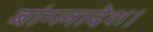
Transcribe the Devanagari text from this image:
बांग्‍लादेश।